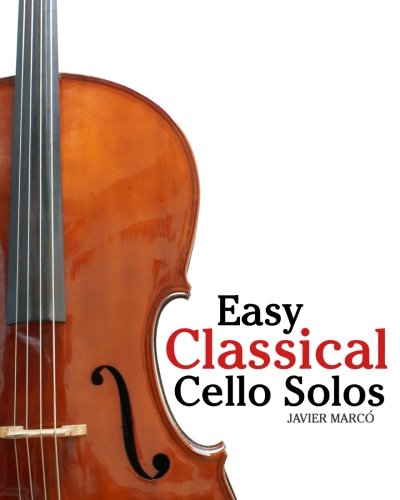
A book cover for Easy Classical Cello Solos: Featuring music of Bach, Mozart, Beethoven, Tchaikovsky and others.; Javier MarcÃ³; Humor & Entertainment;